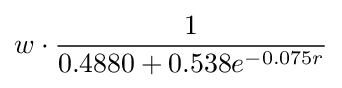
w\cdot {\frac {1}{0.4880+0.538e^{-0.075r}}}